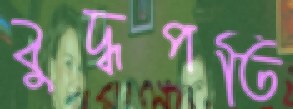
বুদ্ধপতি